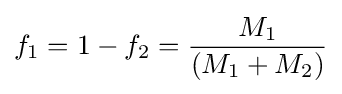
f_{1}=1-f_{2}={\frac {M_{1}}{(M_{1}+M_{2})}}